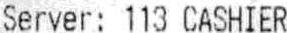
SERVER: 113 CASHIER